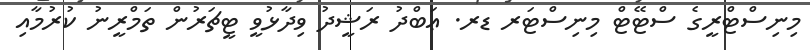
މިނިސްޓްރީގެ ސްޓޭޓް މިނިސްޓަރ ޑރ. ޢަބްދު ރަޝީދު ވިދާޅުވީ ޓީޗަރުން ތަމްރީނު ކުރުމާއި